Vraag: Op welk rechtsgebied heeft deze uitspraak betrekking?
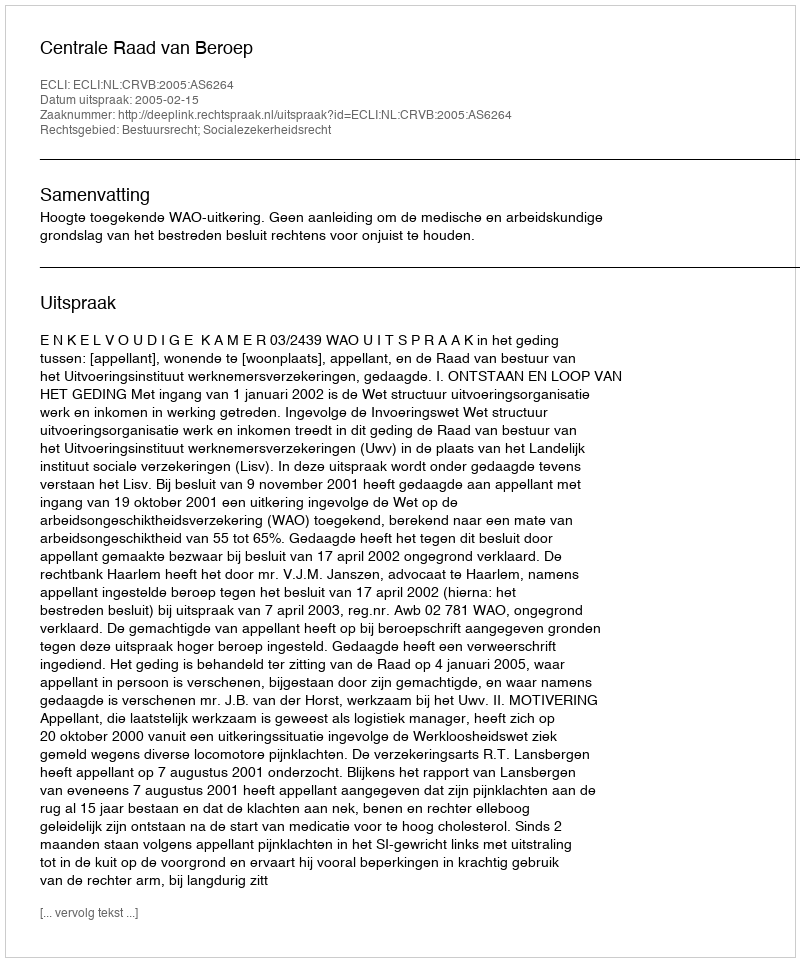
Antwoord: Bestuursrecht; Socialezekerheidsrecht